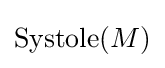
\operatorname {Systole} (M)